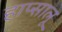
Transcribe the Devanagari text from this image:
हाप्सालू